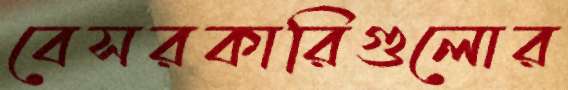
বেসরকারিগুলোর